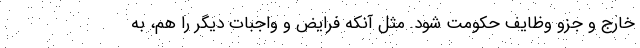
خارج و جزو وظایف حکومت شود. مثل آنکه فرایض و واجبات دیگر را هم، به